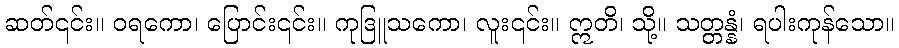
ဆတ်၎င်း။ ဝရကော၊ ပြောင်း၎င်း။ ကုဒြူသကော၊ လူး၎င်း။ ဣတိ၊ သို့။ သတ္တန္နံ၊ ရပါးကုန်သော။